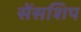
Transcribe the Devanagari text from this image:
सेंसशिप